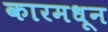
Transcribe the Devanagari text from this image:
कारमधून